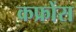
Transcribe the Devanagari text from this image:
कफ्रोंस